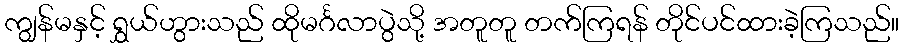
ကျွန်မနှင့် ရွှယ်ဟွားသည် ထိုမင်္ဂလာပွဲသို့ အတူတူ တက်ကြရန် တိုင်ပင်ထားခဲ့ကြသည်။